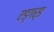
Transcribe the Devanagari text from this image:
एड्गर्ड